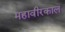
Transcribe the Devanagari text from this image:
महावीरकाल